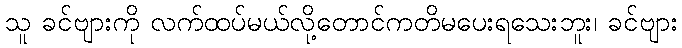
သူ ခင်ဗျားကို လက်ထပ်မယ်လို့တောင်ကတိမပေးရသေးဘူး၊ ခင်ဗျား